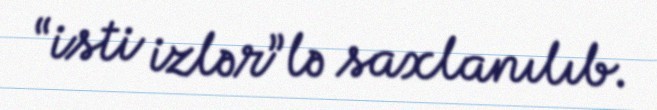
“isti izlər”lə saxlanılıb.